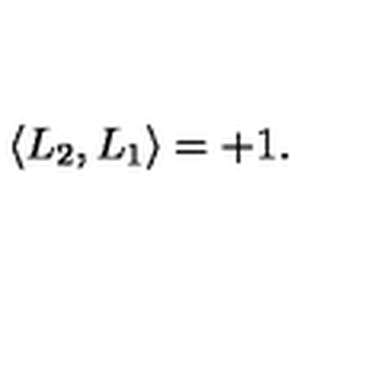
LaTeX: \langle L _ { 2 } , L _ { 1 } \rangle = + 1 .